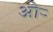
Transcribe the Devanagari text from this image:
ओर्‍